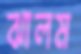
ঝালম